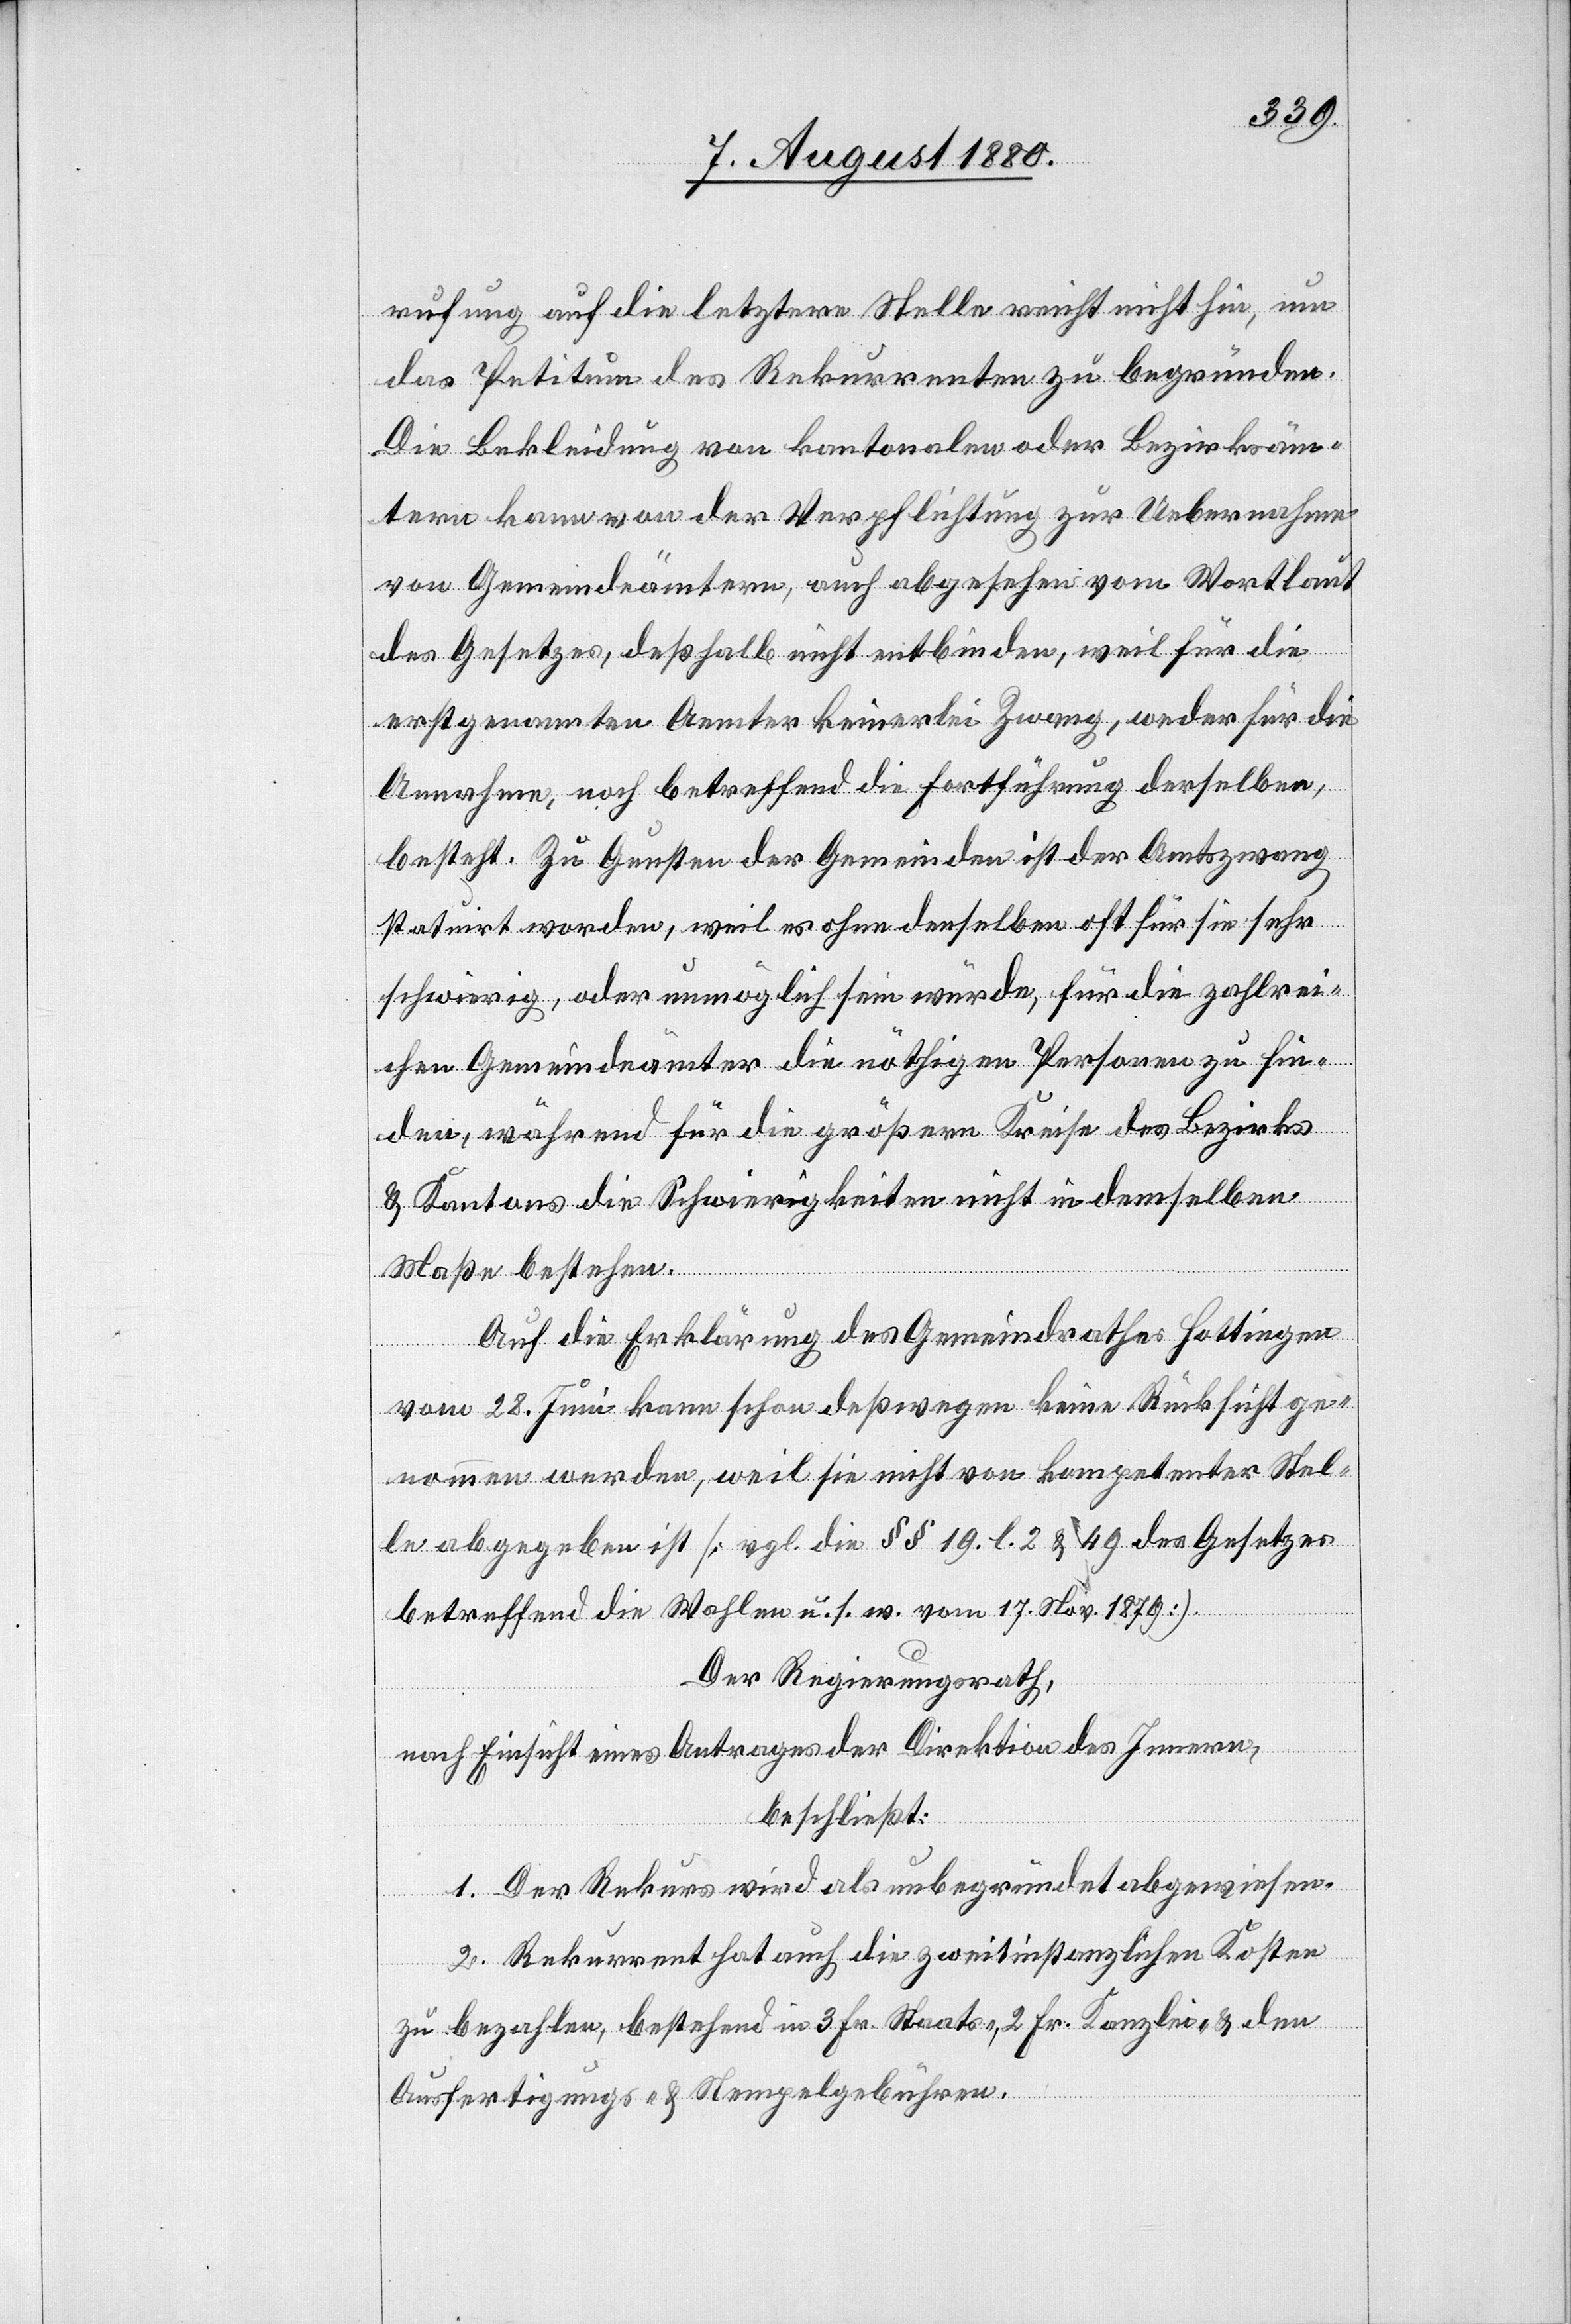
rechnung auf die letztere Stelle reicht nicht hin, um
das Petitum des Rekurrenten zu begründen.
die Bekleidung von kantonalen oder Bezirksäm¬
tern kann von der Verpflichtung zur Uebernahme
von Gemeindeämtern, auch abgesehen vom Wortlaut
des Gesetzes, deßhalb nicht entbinden, weil für die
erstgenannten Aemter keinerlei Zwang, weder für die
Annahme noch betreffend die Fortführung derselben
besteht. Zu Gunsten der Gemeinden ist der Amtszwang
statuirt worden, weil es ohne denselben oft für sie sehr
schwierig, oder unmöglich sein würde, für die zahlrei¬
chen Gemeindeämter die nöthigen Personen zu fin¬
den, während für die größern Kreise des Bezirks
& Kantons die Schwierigkeiten nicht in demselben
Maße bestehen.
Auf die Erklärung des Gemeindrathes Hottingen
vom 28. Juni kann schon deßwegen keine Rücksicht ge¬
nommen werden, weil sie nicht von kompetenter Stel¬
le abgegeben ist [vgl. die §§ 19. l. 2 & 49 des Gesetzes
betreffend die Wahlen u. s. w. vom 17. Nov. 1879].
Der Regierungsrath,
nach Einsicht eines Antrages der Direktion des Innern,
beschließt:
1. Der Rekurs wird als unbegründet abgewiesen.
2. Rekurrent hat auch die zweitinstanzlichen Kosten
zu bezahlen, bestehend in 3 Fr. Staats-, 2 Fr. Kanzlei-, & den
Ausfertigungs- & Stempelgebühren.